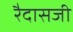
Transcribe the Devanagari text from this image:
रैदासजी